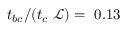
{ t _ { b c } } / ( t _ { c } ~ \mathscr { L } ) = ~ 0 . 1 3